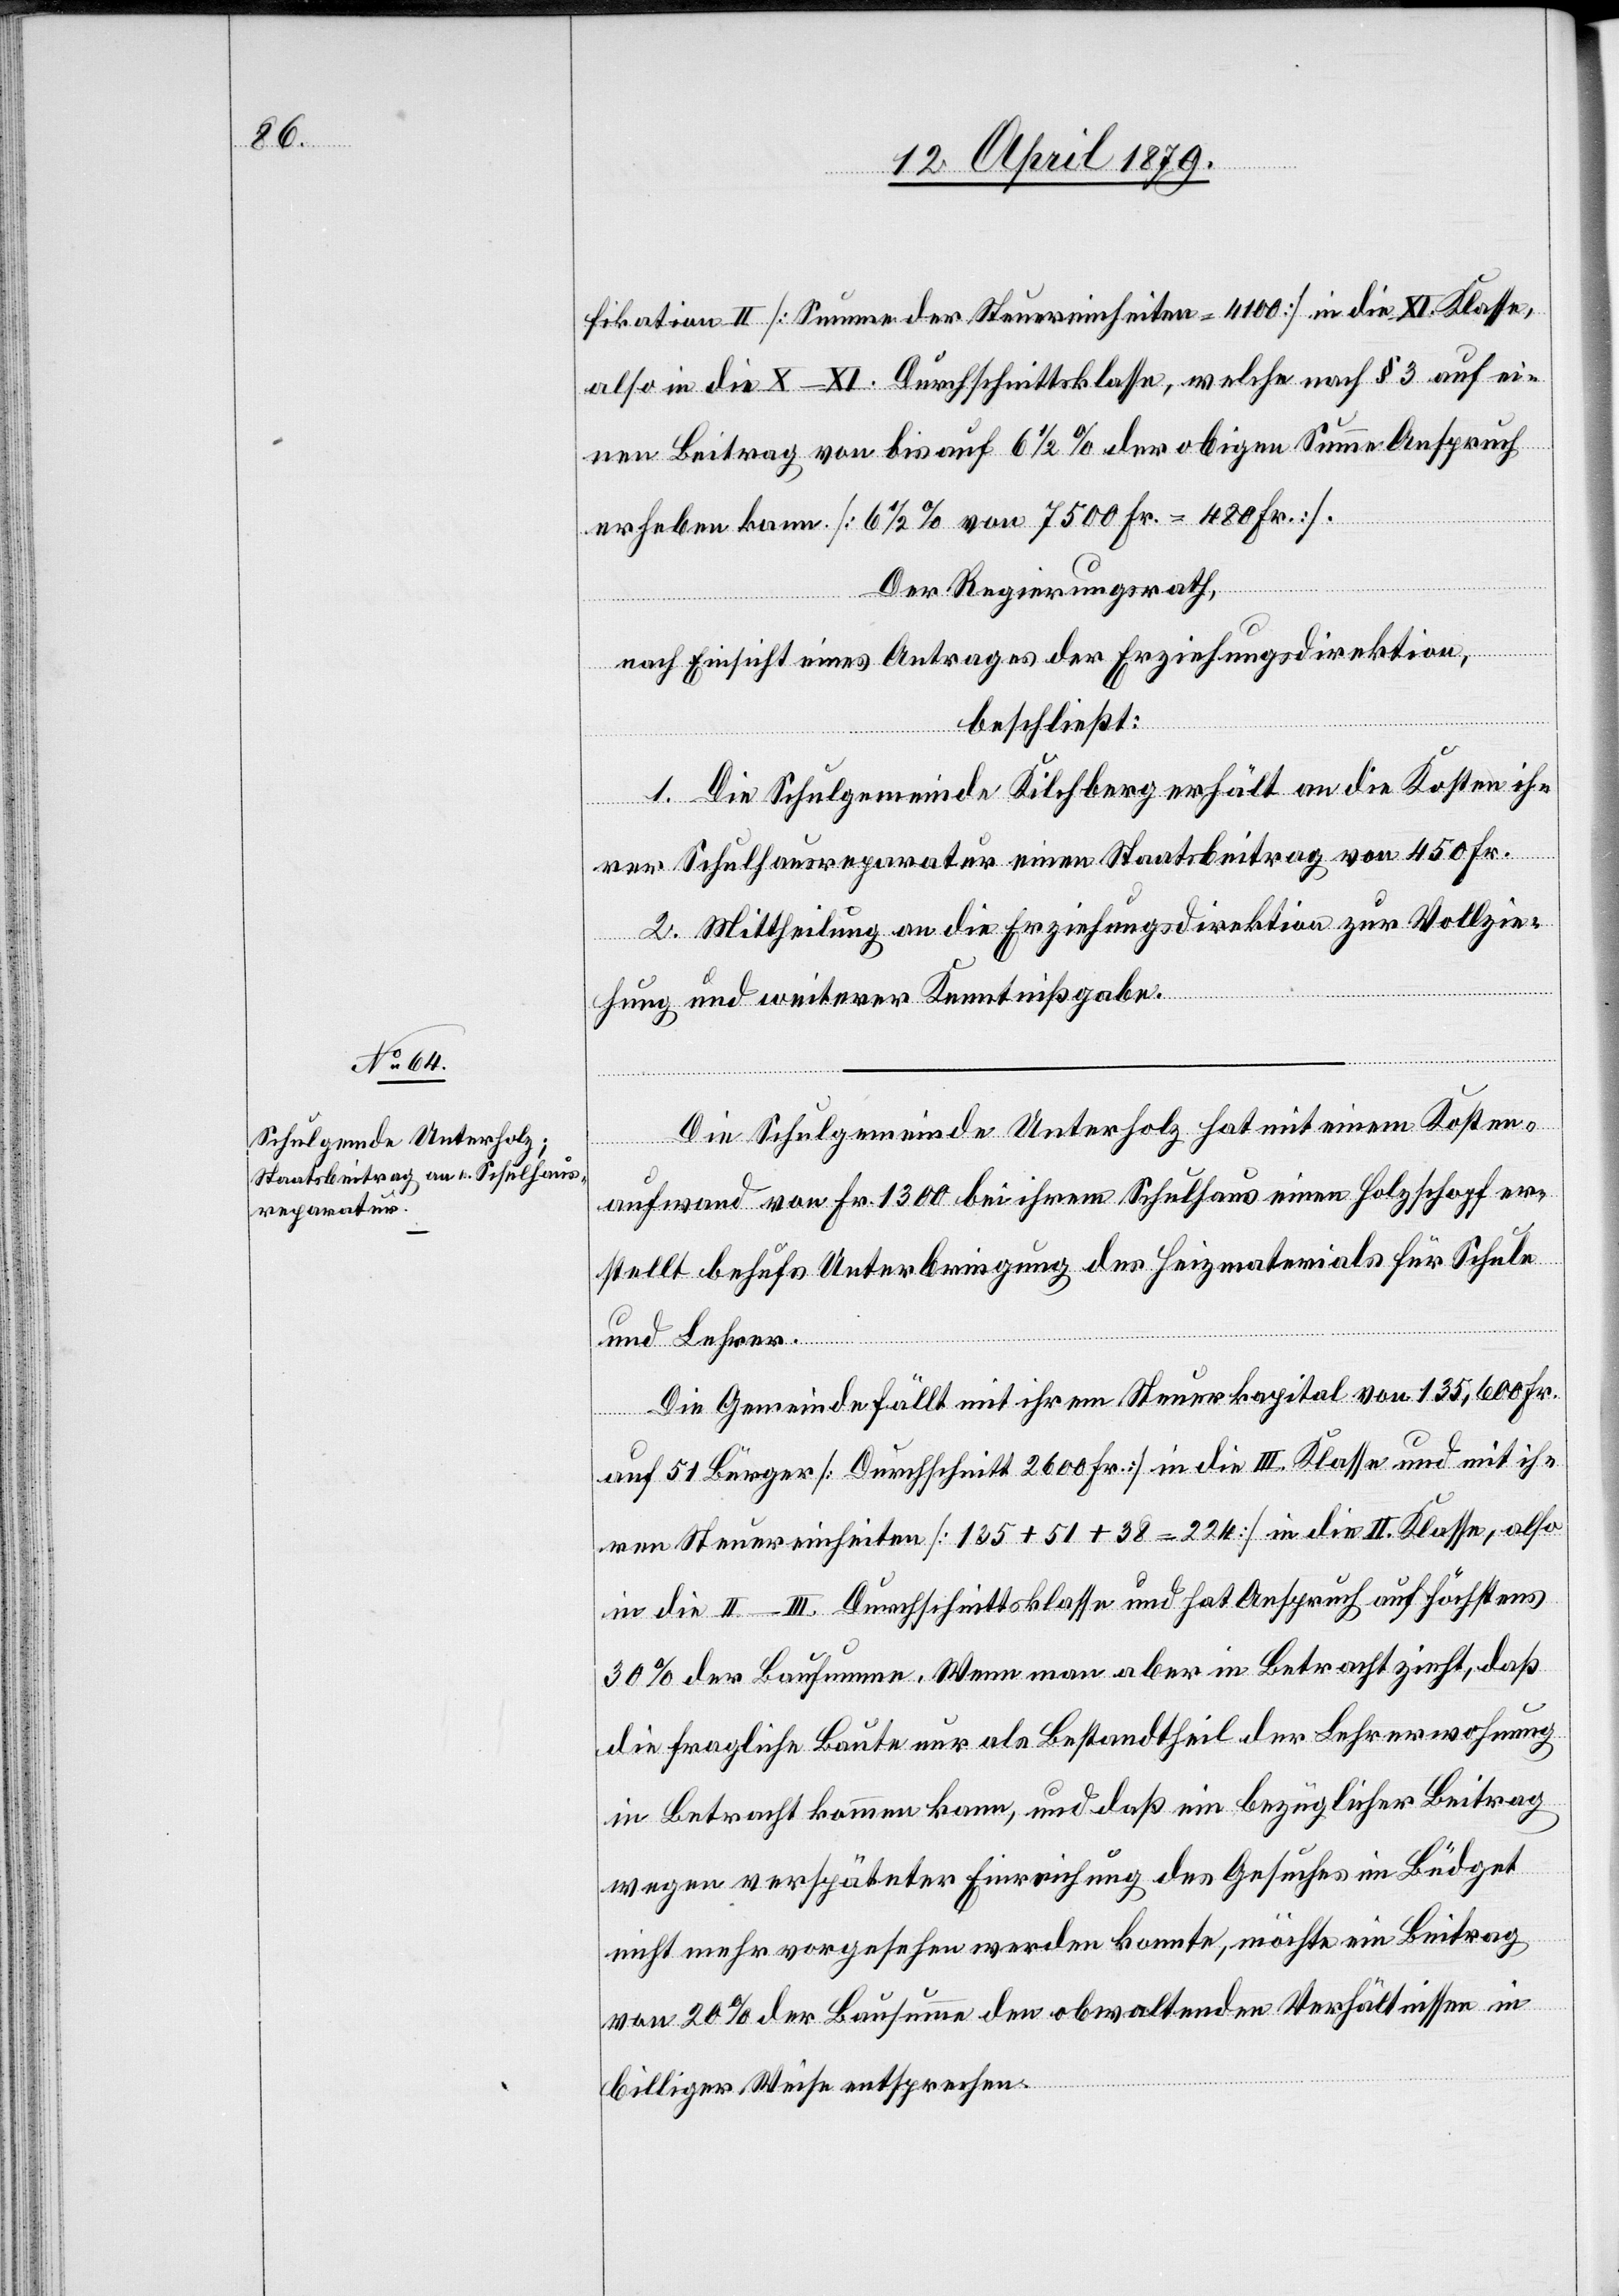
Die Schulgemeinde Unterholz hat mit einem Kosten¬
aufwand von Fr. 1300 bei ihrem Schulhaus einen Holzschopf er¬
stellt behufs Unterbringung des Heizmaterials für Schule
und Lehrer.
Die Gemeinde fällt mit ihrem Steuerkapital von 135,600 Fr.
auf 51 Bürger [Durchschnitt 2600 Fr.] in die III. Klasse und mit ih¬
ren Steuereinheiten [135 + 51 + 38 = 224] in die II. Klasse, also
in die II.–III. Durchschnittsklasse und hat Anspruch auf höchstens
30% der Bausumme. Wenn man aber in Betracht zieht, daß
die fragliche Baute nur als Bestandtheil der Lehrerwohnung
in Betracht kommen kann, und daß ein bezüglicher Beitrag
wegen verspäteter Einreichung des Gesuches im Büdget
nicht mehr vorgesehen werden konnte, möchte ein Beitrag
von 20% der Bausumme den obwaltenden Verhältnissen in
billiger Weise entsprechen.